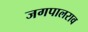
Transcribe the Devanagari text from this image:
जगपालराव